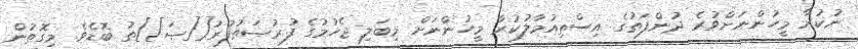
ނުކުރާ މީހުންނަށްވުރެ ދުންފަތުގެ އިސްތިއުމާލުކުރާ މީހުންނަށް މިބަލި ޖެހުމުގެ ފުރުޞަތުފުރު[[ޞަ]]ތު ބޮޑެވެ. މިގޮތުން